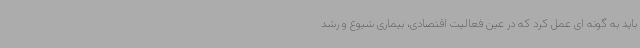
باید به گونه ای عمل کرد که در عین فعالیت اقتصادی، بیماری شیوع و رشد